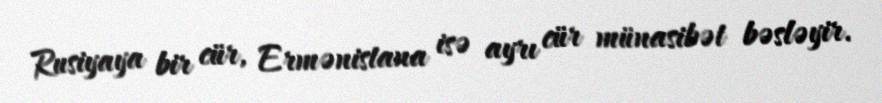
Rusiyaya bir cür, Ermənistana isə ayrı cür münasibət bəsləyir.